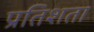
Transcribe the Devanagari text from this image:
प्रतिशता